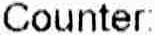
COUNTER: